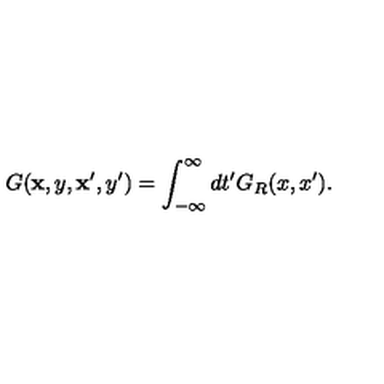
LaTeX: G ( { \bf x } , y , { \bf x } ^ { \prime } , y ^ { \prime } ) = \int _ { - \infty } ^ { \infty } d t ^ { \prime } G _ { R } ( x , x ^ { \prime } ) .